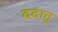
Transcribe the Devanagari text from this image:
ददातु